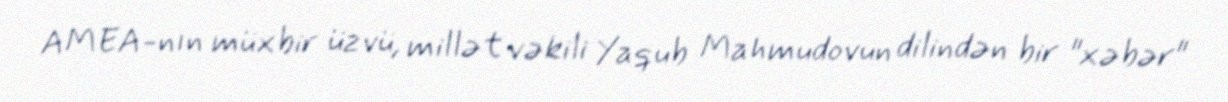
AMEA-nın müxbir üzvü, millət vəkili Yaqub Mahmudovun dilindən bir "xəbər"